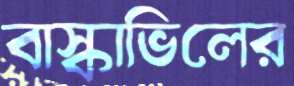
বাস্কাভিলের